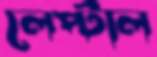
লেপ্‌টাল